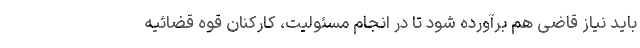
باید نیاز قاضی هم برآورده شود تا در انجام مسئولیت، کارکنان قوه قضائیه